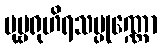
ပုဗ္ဗရုဟိရသမ္ပုဏ္ဏော